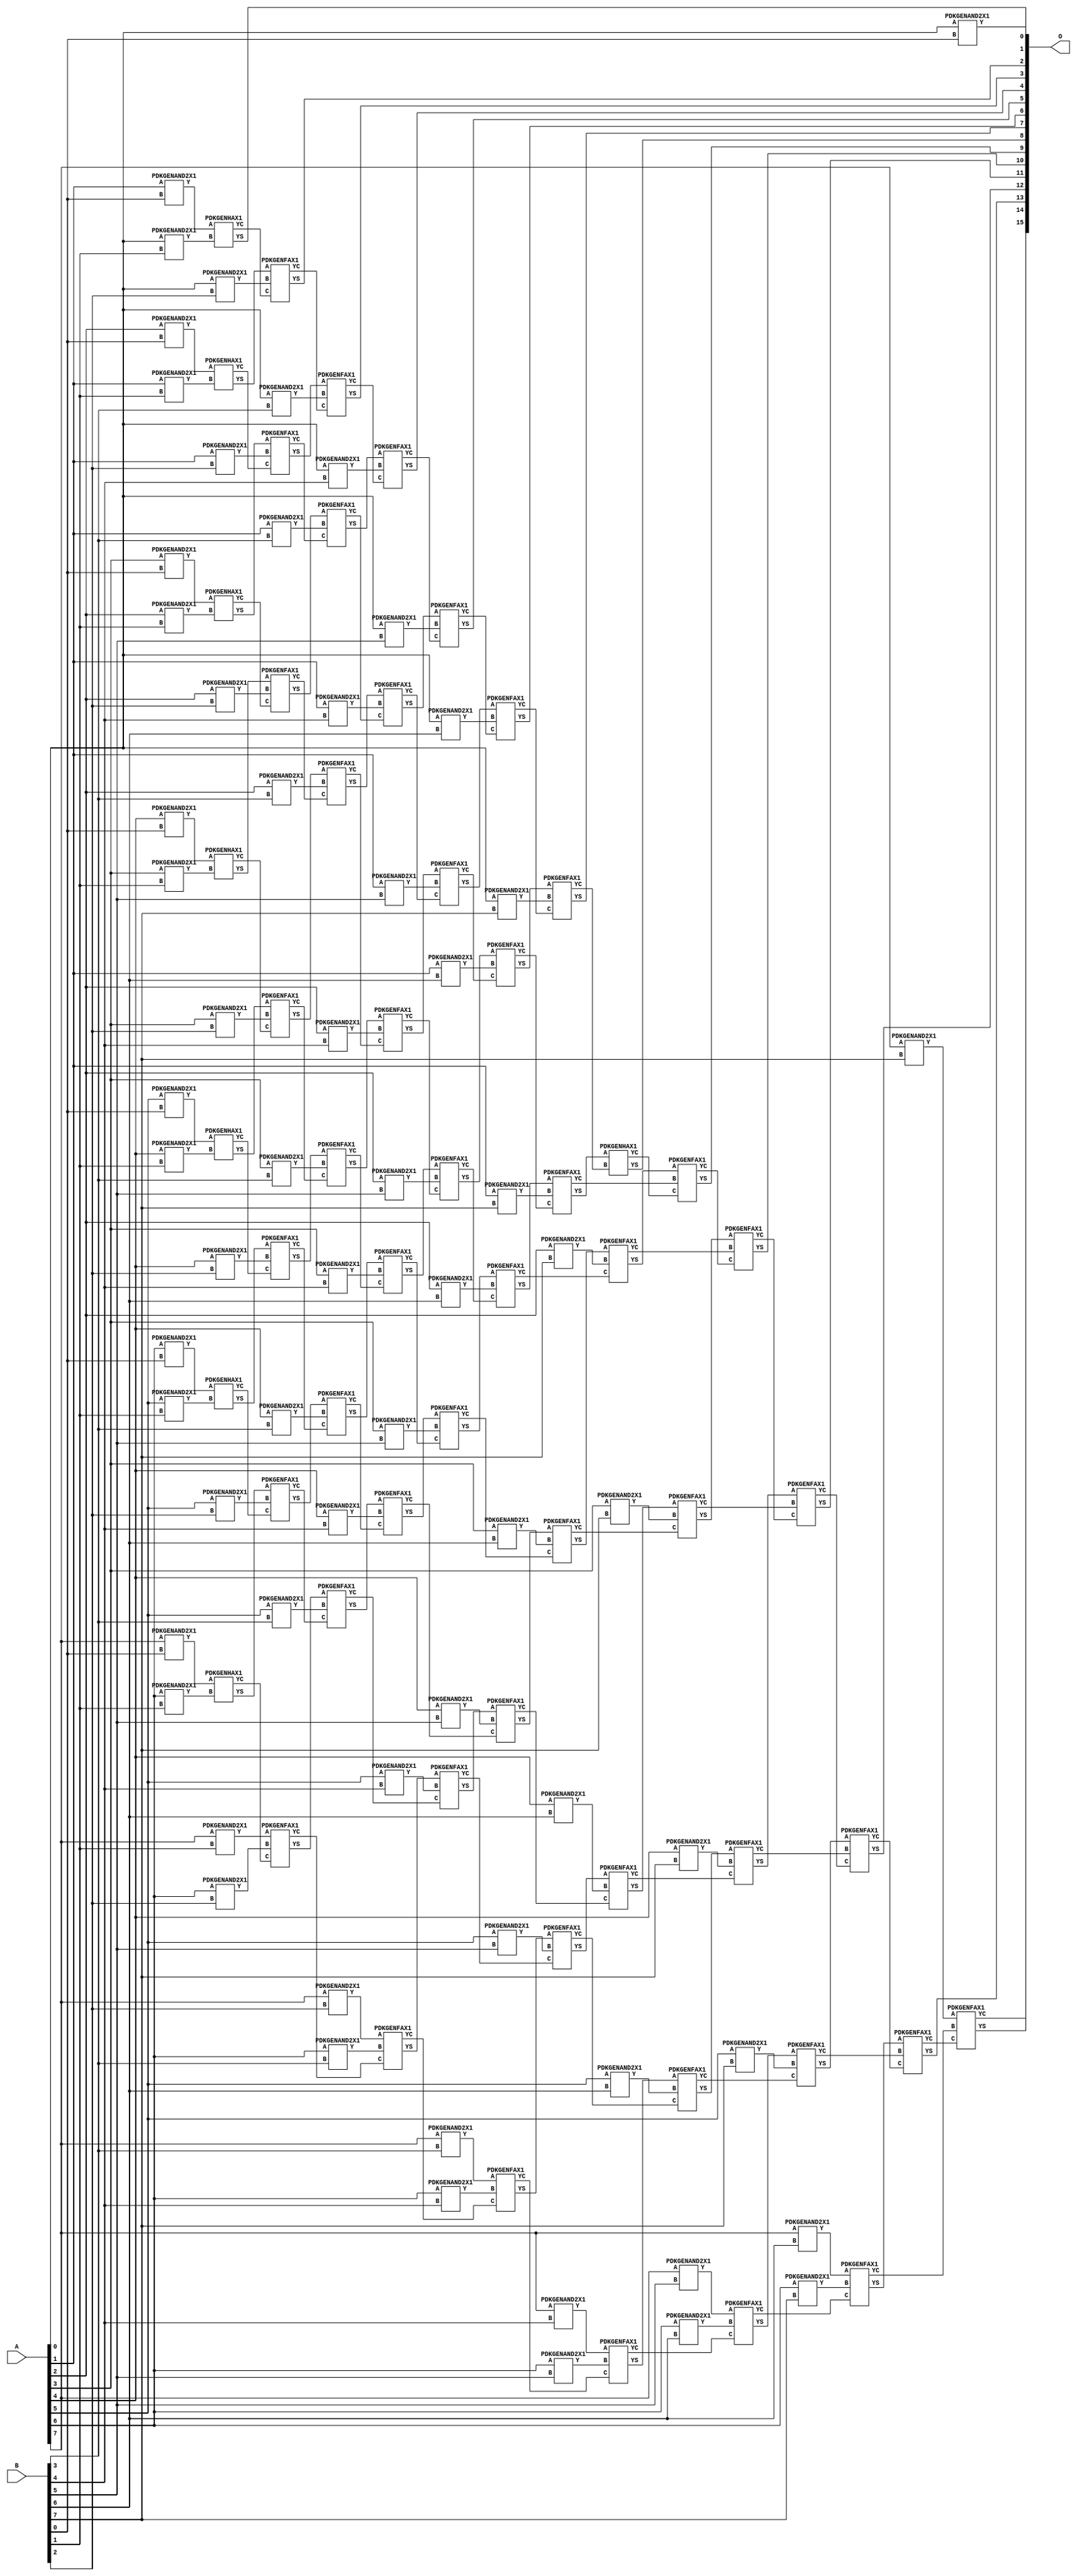
// Library = EvoApprox8b
// Circuit = mul8_CSAM_wt__RCA
// Area   (180) = 8448
// Delay  (180) = 3.720
// Power  (180) = 4454.10
// Area   (45) = 616
// Delay  (45) = 1.400
// Power  (45) = 390.20
// Nodes = 120
// HD = 0
// MAE = 0.00000
// MSE = 0.00000
// MRE = 0.00 %
// WCE = 0
// WCRE = 0 %
// EP = 0.0 %

module mul8_CarrySaveArrayMultiplier_Using_RippleCarryAdder(A, B, O);
  input [7:0] A;
  input [7:0] B;
  output [15:0] O;
  wire [2031:0] N;

  assign N[0] = A[0];
  assign N[1] = A[0];
  assign N[2] = A[1];
  assign N[3] = A[1];
  assign N[4] = A[2];
  assign N[5] = A[2];
  assign N[6] = A[3];
  assign N[7] = A[3];
  assign N[8] = A[4];
  assign N[9] = A[4];
  assign N[10] = A[5];
  assign N[11] = A[5];
  assign N[12] = A[6];
  assign N[13] = A[6];
  assign N[14] = A[7];
  assign N[15] = A[7];
  assign N[16] = B[0];
  assign N[17] = B[0];
  assign N[18] = B[1];
  assign N[19] = B[1];
  assign N[20] = B[2];
  assign N[21] = B[2];
  assign N[22] = B[3];
  assign N[23] = B[3];
  assign N[24] = B[4];
  assign N[25] = B[4];
  assign N[26] = B[5];
  assign N[27] = B[5];
  assign N[28] = B[6];
  assign N[29] = B[6];
  assign N[30] = B[7];
  assign N[31] = B[7];

  PDKGENAND2X1 n32(.A(N[0]), .B(N[16]), .Y(N[32]));
  PDKGENAND2X1 n34(.A(N[2]), .B(N[16]), .Y(N[34]));
  PDKGENAND2X1 n36(.A(N[4]), .B(N[16]), .Y(N[36]));
  PDKGENAND2X1 n38(.A(N[6]), .B(N[16]), .Y(N[38]));
  PDKGENAND2X1 n40(.A(N[8]), .B(N[16]), .Y(N[40]));
  PDKGENAND2X1 n42(.A(N[10]), .B(N[16]), .Y(N[42]));
  PDKGENAND2X1 n44(.A(N[12]), .B(N[16]), .Y(N[44]));
  PDKGENAND2X1 n46(.A(N[14]), .B(N[16]), .Y(N[46]));
  PDKGENAND2X1 n48(.A(N[0]), .B(N[18]), .Y(N[48]));
  PDKGENAND2X1 n50(.A(N[2]), .B(N[18]), .Y(N[50]));
  PDKGENAND2X1 n52(.A(N[4]), .B(N[18]), .Y(N[52]));
  PDKGENAND2X1 n54(.A(N[6]), .B(N[18]), .Y(N[54]));
  PDKGENAND2X1 n56(.A(N[8]), .B(N[18]), .Y(N[56]));
  PDKGENAND2X1 n58(.A(N[10]), .B(N[18]), .Y(N[58]));
  PDKGENAND2X1 n60(.A(N[12]), .B(N[18]), .Y(N[60]));
  PDKGENAND2X1 n62(.A(N[14]), .B(N[18]), .Y(N[62]));
  PDKGENHAX1 n64(.A(N[34]), .B(N[48]), .YS(N[64]), .YC(N[65]));
  PDKGENHAX1 n66(.A(N[36]), .B(N[50]), .YS(N[66]), .YC(N[67]));
  PDKGENHAX1 n68(.A(N[38]), .B(N[52]), .YS(N[68]), .YC(N[69]));
  PDKGENHAX1 n70(.A(N[40]), .B(N[54]), .YS(N[70]), .YC(N[71]));
  PDKGENHAX1 n72(.A(N[42]), .B(N[56]), .YS(N[72]), .YC(N[73]));
  PDKGENHAX1 n74(.A(N[44]), .B(N[58]), .YS(N[74]), .YC(N[75]));
  PDKGENHAX1 n76(.A(N[46]), .B(N[60]), .YS(N[76]), .YC(N[77]));
  PDKGENAND2X1 n78(.A(N[0]), .B(N[20]), .Y(N[78]));
  PDKGENAND2X1 n80(.A(N[2]), .B(N[20]), .Y(N[80]));
  PDKGENAND2X1 n82(.A(N[4]), .B(N[20]), .Y(N[82]));
  PDKGENAND2X1 n84(.A(N[6]), .B(N[20]), .Y(N[84]));
  PDKGENAND2X1 n86(.A(N[8]), .B(N[20]), .Y(N[86]));
  PDKGENAND2X1 n88(.A(N[10]), .B(N[20]), .Y(N[88]));
  PDKGENAND2X1 n90(.A(N[12]), .B(N[20]), .Y(N[90]));
  PDKGENAND2X1 n92(.A(N[14]), .B(N[20]), .Y(N[92]));
  PDKGENFAX1 n94(.A(N[66]), .B(N[78]), .C(N[65]), .YS(N[94]), .YC(N[95]));
  PDKGENFAX1 n96(.A(N[68]), .B(N[80]), .C(N[67]), .YS(N[96]), .YC(N[97]));
  PDKGENFAX1 n98(.A(N[70]), .B(N[82]), .C(N[69]), .YS(N[98]), .YC(N[99]));
  PDKGENFAX1 n100(.A(N[72]), .B(N[84]), .C(N[71]), .YS(N[100]), .YC(N[101]));
  PDKGENFAX1 n102(.A(N[74]), .B(N[86]), .C(N[73]), .YS(N[102]), .YC(N[103]));
  PDKGENFAX1 n104(.A(N[76]), .B(N[88]), .C(N[75]), .YS(N[104]), .YC(N[105]));
  PDKGENFAX1 n106(.A(N[62]), .B(N[90]), .C(N[77]), .YS(N[106]), .YC(N[107]));
  PDKGENAND2X1 n108(.A(N[0]), .B(N[22]), .Y(N[108]));
  PDKGENAND2X1 n110(.A(N[2]), .B(N[22]), .Y(N[110]));
  PDKGENAND2X1 n112(.A(N[4]), .B(N[22]), .Y(N[112]));
  PDKGENAND2X1 n114(.A(N[6]), .B(N[22]), .Y(N[114]));
  PDKGENAND2X1 n116(.A(N[8]), .B(N[22]), .Y(N[116]));
  PDKGENAND2X1 n118(.A(N[10]), .B(N[22]), .Y(N[118]));
  PDKGENAND2X1 n120(.A(N[12]), .B(N[22]), .Y(N[120]));
  PDKGENAND2X1 n122(.A(N[14]), .B(N[22]), .Y(N[122]));
  PDKGENFAX1 n124(.A(N[96]), .B(N[108]), .C(N[95]), .YS(N[124]), .YC(N[125]));
  PDKGENFAX1 n126(.A(N[98]), .B(N[110]), .C(N[97]), .YS(N[126]), .YC(N[127]));
  PDKGENFAX1 n128(.A(N[100]), .B(N[112]), .C(N[99]), .YS(N[128]), .YC(N[129]));
  PDKGENFAX1 n130(.A(N[102]), .B(N[114]), .C(N[101]), .YS(N[130]), .YC(N[131]));
  PDKGENFAX1 n132(.A(N[104]), .B(N[116]), .C(N[103]), .YS(N[132]), .YC(N[133]));
  PDKGENFAX1 n134(.A(N[106]), .B(N[118]), .C(N[105]), .YS(N[134]), .YC(N[135]));
  PDKGENFAX1 n136(.A(N[92]), .B(N[120]), .C(N[107]), .YS(N[136]), .YC(N[137]));
  PDKGENAND2X1 n138(.A(N[0]), .B(N[24]), .Y(N[138]));
  PDKGENAND2X1 n140(.A(N[2]), .B(N[24]), .Y(N[140]));
  PDKGENAND2X1 n142(.A(N[4]), .B(N[24]), .Y(N[142]));
  PDKGENAND2X1 n144(.A(N[6]), .B(N[24]), .Y(N[144]));
  PDKGENAND2X1 n146(.A(N[8]), .B(N[24]), .Y(N[146]));
  PDKGENAND2X1 n148(.A(N[10]), .B(N[24]), .Y(N[148]));
  PDKGENAND2X1 n150(.A(N[12]), .B(N[24]), .Y(N[150]));
  PDKGENAND2X1 n152(.A(N[14]), .B(N[24]), .Y(N[152]));
  PDKGENFAX1 n154(.A(N[126]), .B(N[138]), .C(N[125]), .YS(N[154]), .YC(N[155]));
  PDKGENFAX1 n156(.A(N[128]), .B(N[140]), .C(N[127]), .YS(N[156]), .YC(N[157]));
  PDKGENFAX1 n158(.A(N[130]), .B(N[142]), .C(N[129]), .YS(N[158]), .YC(N[159]));
  PDKGENFAX1 n160(.A(N[132]), .B(N[144]), .C(N[131]), .YS(N[160]), .YC(N[161]));
  PDKGENFAX1 n162(.A(N[134]), .B(N[146]), .C(N[133]), .YS(N[162]), .YC(N[163]));
  PDKGENFAX1 n164(.A(N[136]), .B(N[148]), .C(N[135]), .YS(N[164]), .YC(N[165]));
  PDKGENFAX1 n166(.A(N[122]), .B(N[150]), .C(N[137]), .YS(N[166]), .YC(N[167]));
  PDKGENAND2X1 n168(.A(N[0]), .B(N[26]), .Y(N[168]));
  PDKGENAND2X1 n170(.A(N[2]), .B(N[26]), .Y(N[170]));
  PDKGENAND2X1 n172(.A(N[4]), .B(N[26]), .Y(N[172]));
  PDKGENAND2X1 n174(.A(N[6]), .B(N[26]), .Y(N[174]));
  PDKGENAND2X1 n176(.A(N[8]), .B(N[26]), .Y(N[176]));
  PDKGENAND2X1 n178(.A(N[10]), .B(N[26]), .Y(N[178]));
  PDKGENAND2X1 n180(.A(N[12]), .B(N[26]), .Y(N[180]));
  PDKGENAND2X1 n182(.A(N[14]), .B(N[26]), .Y(N[182]));
  PDKGENFAX1 n184(.A(N[156]), .B(N[168]), .C(N[155]), .YS(N[184]), .YC(N[185]));
  PDKGENFAX1 n186(.A(N[158]), .B(N[170]), .C(N[157]), .YS(N[186]), .YC(N[187]));
  PDKGENFAX1 n188(.A(N[160]), .B(N[172]), .C(N[159]), .YS(N[188]), .YC(N[189]));
  PDKGENFAX1 n190(.A(N[162]), .B(N[174]), .C(N[161]), .YS(N[190]), .YC(N[191]));
  PDKGENFAX1 n192(.A(N[164]), .B(N[176]), .C(N[163]), .YS(N[192]), .YC(N[193]));
  PDKGENFAX1 n194(.A(N[166]), .B(N[178]), .C(N[165]), .YS(N[194]), .YC(N[195]));
  PDKGENFAX1 n196(.A(N[152]), .B(N[180]), .C(N[167]), .YS(N[196]), .YC(N[197]));
  PDKGENAND2X1 n198(.A(N[0]), .B(N[28]), .Y(N[198]));
  PDKGENAND2X1 n200(.A(N[2]), .B(N[28]), .Y(N[200]));
  PDKGENAND2X1 n202(.A(N[4]), .B(N[28]), .Y(N[202]));
  PDKGENAND2X1 n204(.A(N[6]), .B(N[28]), .Y(N[204]));
  PDKGENAND2X1 n206(.A(N[8]), .B(N[28]), .Y(N[206]));
  PDKGENAND2X1 n208(.A(N[10]), .B(N[28]), .Y(N[208]));
  PDKGENAND2X1 n210(.A(N[12]), .B(N[28]), .Y(N[210]));
  PDKGENAND2X1 n212(.A(N[14]), .B(N[28]), .Y(N[212]));
  PDKGENFAX1 n214(.A(N[186]), .B(N[198]), .C(N[185]), .YS(N[214]), .YC(N[215]));
  PDKGENFAX1 n216(.A(N[188]), .B(N[200]), .C(N[187]), .YS(N[216]), .YC(N[217]));
  PDKGENFAX1 n218(.A(N[190]), .B(N[202]), .C(N[189]), .YS(N[218]), .YC(N[219]));
  PDKGENFAX1 n220(.A(N[192]), .B(N[204]), .C(N[191]), .YS(N[220]), .YC(N[221]));
  PDKGENFAX1 n222(.A(N[194]), .B(N[206]), .C(N[193]), .YS(N[222]), .YC(N[223]));
  PDKGENFAX1 n224(.A(N[196]), .B(N[208]), .C(N[195]), .YS(N[224]), .YC(N[225]));
  PDKGENFAX1 n226(.A(N[182]), .B(N[210]), .C(N[197]), .YS(N[226]), .YC(N[227]));
  PDKGENAND2X1 n228(.A(N[0]), .B(N[30]), .Y(N[228]));
  PDKGENAND2X1 n230(.A(N[2]), .B(N[30]), .Y(N[230]));
  PDKGENAND2X1 n232(.A(N[4]), .B(N[30]), .Y(N[232]));
  PDKGENAND2X1 n234(.A(N[6]), .B(N[30]), .Y(N[234]));
  PDKGENAND2X1 n236(.A(N[8]), .B(N[30]), .Y(N[236]));
  PDKGENAND2X1 n238(.A(N[10]), .B(N[30]), .Y(N[238]));
  PDKGENAND2X1 n240(.A(N[12]), .B(N[30]), .Y(N[240]));
  PDKGENAND2X1 n242(.A(N[14]), .B(N[30]), .Y(N[242]));
  PDKGENFAX1 n244(.A(N[216]), .B(N[228]), .C(N[215]), .YS(N[244]), .YC(N[245]));
  PDKGENFAX1 n246(.A(N[218]), .B(N[230]), .C(N[217]), .YS(N[246]), .YC(N[247]));
  PDKGENFAX1 n248(.A(N[220]), .B(N[232]), .C(N[219]), .YS(N[248]), .YC(N[249]));
  PDKGENFAX1 n250(.A(N[222]), .B(N[234]), .C(N[221]), .YS(N[250]), .YC(N[251]));
  PDKGENFAX1 n252(.A(N[224]), .B(N[236]), .C(N[223]), .YS(N[252]), .YC(N[253]));
  PDKGENFAX1 n254(.A(N[226]), .B(N[238]), .C(N[225]), .YS(N[254]), .YC(N[255]));
  PDKGENFAX1 n256(.A(N[212]), .B(N[240]), .C(N[227]), .YS(N[256]), .YC(N[257]));
  PDKGENHAX1 n258(.A(N[246]), .B(N[245]), .YS(N[258]), .YC(N[259]));
  PDKGENFAX1 n260(.A(N[248]), .B(N[247]), .C(N[259]), .YS(N[260]), .YC(N[261]));
  PDKGENFAX1 n262(.A(N[250]), .B(N[249]), .C(N[261]), .YS(N[262]), .YC(N[263]));
  PDKGENFAX1 n264(.A(N[252]), .B(N[251]), .C(N[263]), .YS(N[264]), .YC(N[265]));
  PDKGENFAX1 n266(.A(N[254]), .B(N[253]), .C(N[265]), .YS(N[266]), .YC(N[267]));
  PDKGENFAX1 n268(.A(N[256]), .B(N[255]), .C(N[267]), .YS(N[268]), .YC(N[269]));
  PDKGENFAX1 n270(.A(N[242]), .B(N[257]), .C(N[269]), .YS(N[270]), .YC(N[271]));

  assign O[0] = N[32];
  assign O[1] = N[64];
  assign O[2] = N[94];
  assign O[3] = N[124];
  assign O[4] = N[154];
  assign O[5] = N[184];
  assign O[6] = N[214];
  assign O[7] = N[244];
  assign O[8] = N[258];
  assign O[9] = N[260];
  assign O[10] = N[262];
  assign O[11] = N[264];
  assign O[12] = N[266];
  assign O[13] = N[268];
  assign O[14] = N[270];
  assign O[15] = N[271];

endmodule
/* mod */
module PDKGENHAX1( input A, input B, output YS, output YC );
    assign YS = A ^ B;
    assign YC = A & B;
endmodule
/* mod */
module PDKGENAND2X1(input A, input B, output Y );
     assign Y = A & B;
endmodule
/* mod */
module PDKGENFAX1( input A, input B, input C, output YS, output YC );
    assign YS = (A ^ B) ^ C;
    assign YC = (A & B) | (B & C) | (A & C);
endmodule